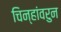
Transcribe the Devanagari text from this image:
चिन्हांवरुन